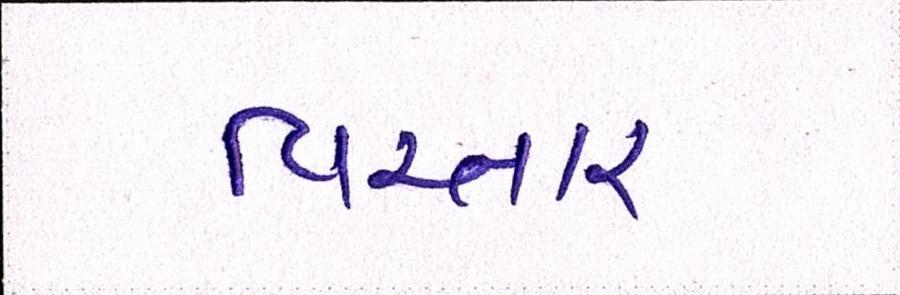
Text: વિસ્તારા